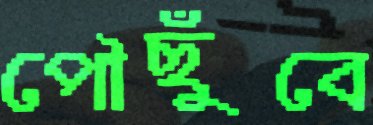
পৌছুঁবে